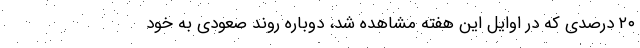
۲۰ درصدی که در اوایل این هفته مشاهده شد، دوباره روند صعودی به خود